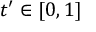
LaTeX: t ^ { \prime } \in [ 0 , 1 ]